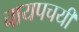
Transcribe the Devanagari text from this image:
चायपचयी